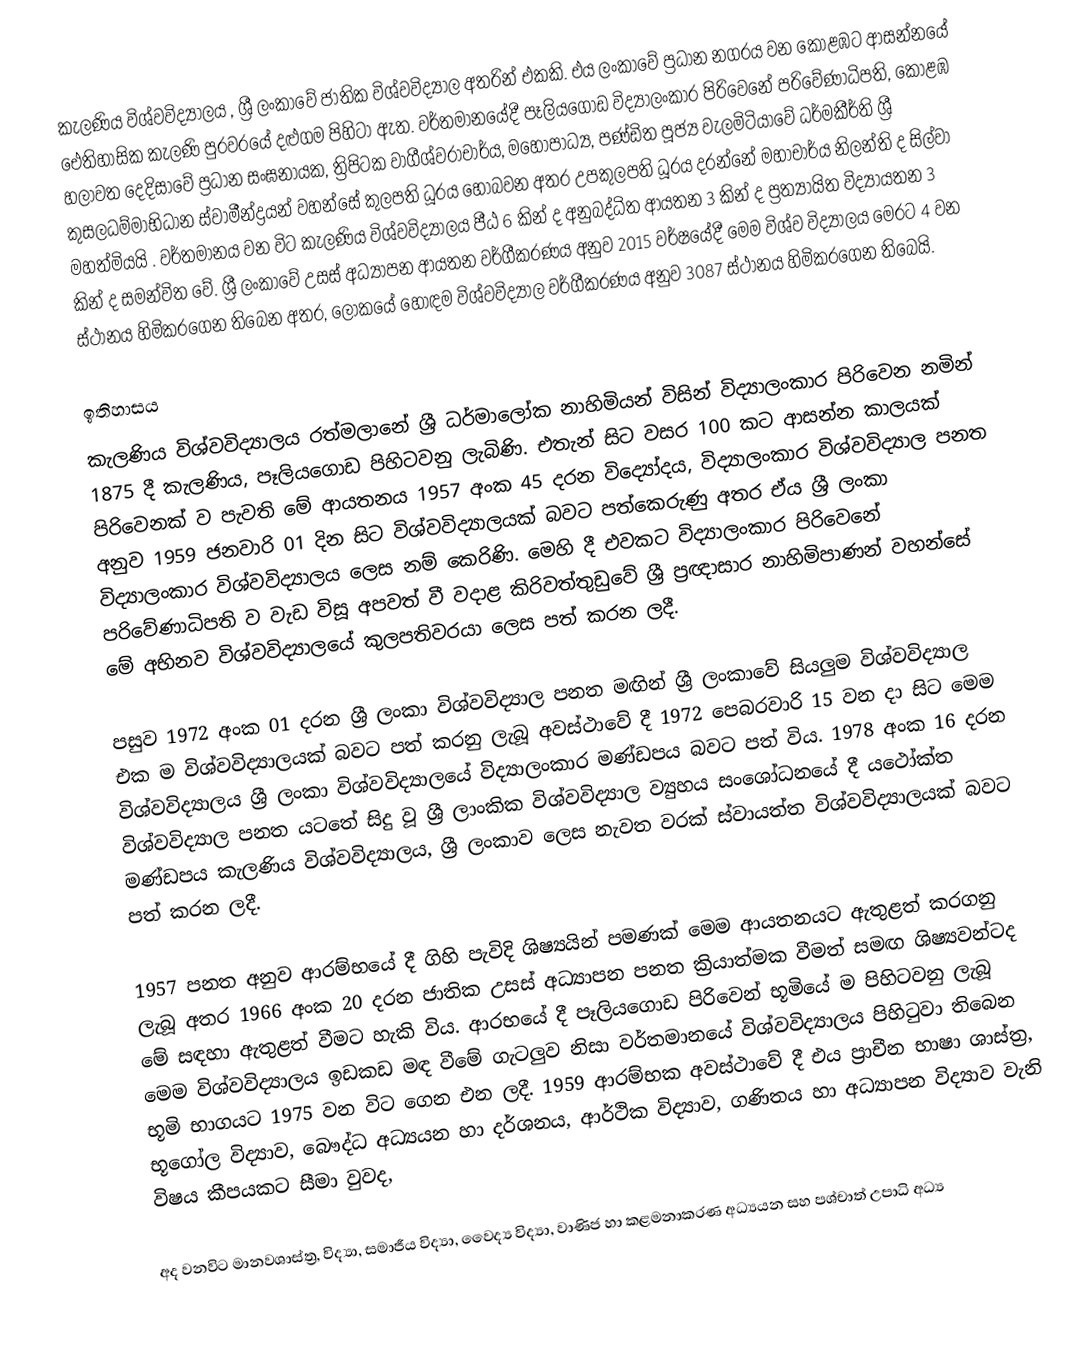
කැලණිය විශ්වවිද්‍යාලය , ශ්‍රී ලංකාවේ ජාතික විශ්වවිද්‍යාල අතරින් එකකි. එය ලංකාවේ ප්‍රධාන නගරය වන කොළඹට ආසන්නයේ ඓතිහාසික කැලණි පුරවරයේ දළුගම පිහිටා ඇත. වර්තමානයේදී පෑලියගොඩ විද්‍යාලංකාර පිරිවෙනේ පරිවේණාධිපති, කොළඹ හලාවත දෙදිසාවේ ප්‍රධාන සංඝනායක, ත්‍රිපිටක වාගීශ්වරාචාර්ය, මහෝපාධ්‍ය, පණ්ඩිත පූජ්‍ය වැලමිටියාවේ ධර්මකීර්ති ශ්‍රී කුසලධම්මාභිධාන ස්වාමීන්ද්‍රයන් වහන්සේ කුලපති ධූරය හොබවන අතර උපකුලපති ධූරය දරන්නේ මහාචාර්ය නිලන්ති ද සිල්වා මහත්මියයි . වර්තමානය වන විට කැලණිය විශ්වවිද්‍යාලය පීඨ 6 කින් ද අනුබද්ධිත ආයතන 3 කින් ද ප්‍රත්‍යායිත විද්‍යායතන 3 කින් ද සමන්විත වේ. ශ්‍රී ලංකාවේ උසස් අධ්‍යාපන ආයතන වර්ගීකරණය අනුව 2015 වර්ෂයේදී මෙම විශ්ව විද්‍යාලය මෙරට 4 වන ස්ථානය හිමිකරගෙන තිබෙන අතර, ලෝකයේ හොඳම විශ්වවිද්‍යාල වර්ගීකරණය අනුව 3087 ස්‌ථානය හිමිකරගෙන තිබෙයි.

ඉතිහාසය
කැලණිය විශ්වවිද්‍යාලය රත්මලානේ ශ්‍රී ධර්මාලෝක නාහිමියන් විසින් විද්‍යාලංකාර පිරිවෙන නමින් 1875 දී කැලණිය, පෑලියගොඩ පිහිටවනු ලැබිණි. එතැන් සිට වසර 100 කට ආසන්න කාලයක් පිරිවෙනක් ව පැවති මේ ආයතනය 1957 අංක 45 දරන විද්‍යෝදය, විද්‍යාලංකාර විශ්වවිද්‍යාල පනත අනුව 1959 ජනවාරි 01 දින සිට විශ්වවිද්‍යාලයක් බවට පත්කෙරුණු අතර ඒය ශ්‍රී ලංකා විද්‍යාලංකාර විශ්වවිද්‍යාලය ලෙස නම් කෙරිණි. මෙහි දී එවකට විද්‍යාලංකාර පිරිවෙනේ පරිවේණාධිපති ව වැඩ විසූ අපවත් වී වදාළ කිරිවත්තුඩුවේ ශ්‍රී ප්‍රඥාසාර නාහිමිපාණන් වහන්සේ මේ අභිනව විශ්වවිද්‍යාලයේ කුලපතිවරයා ලෙස පත් කරන ලදී.

පසුව 1972 අංක 01 දරන ශ්‍රී ලංකා විශ්වවිද්‍යාල පනත මඟින් ශ්‍රී ලංකාවේ සියලුම විශ්වවිද්‍යාල එක ම විශ්වවිද්‍යාලයක් බවට පත් කරනු ලැබූ අවස්ථාවේ දී 1972 පෙබරවාරි 15 වන දා සිට මෙම විශ්වවිද්‍යාලය ශ්‍රී ලංකා විශ්වවිද්‍යාලයේ විද්‍යාලංකාර මණ්ඩපය බවට පත් විය. 1978 අංක 16 දරන විශ්වවිද්‍යාල පනත යටතේ සිදු වූ ශ්‍රී ලාංකික විශ්වවිද්‍යාල ව්‍යුහය සංශෝධනයේ දී යථෝක්ත මණ්ඩපය කැලණිය විශ්වවිද්‍යාලය, ශ්‍රී ලංකාව ලෙස නැවත වරක් ස්වායත්ත විශ්වවිද්‍යාලයක් බවට පත් කරන ලදී.

1957 පනත අනුව ආරම්භයේ දී ගිහි පැවිදි ශිෂ්‍යයින් පමණක් මෙම ආයතනයට ඇතුළත් කරගනු ලැබූ අතර 1966 අංක 20 දරන ජාතික උසස් අධ්‍යාපන පනත ක්‍රියාත්මක වීමත් සමඟ ශිෂ්‍යවන්ටද මේ සඳහා ඇතුළත් වීමට හැකි විය. ආරභයේ දී පෑලියගොඩ පිරිවෙන් භූමියේ ම පිහිටවනු ලැබූ මෙම විශ්වවිද්‍යාලය ඉඩකඩ මඳ වීමේ ගැටලුව නිසා වර්තමානයේ විශ්වවිද්‍යාලය පිහිටුවා තිබෙන භූමි භාගයට 1975 වන විට ගෙන එන ලදී. 1959 ආරම්භක අවස්ථාවේ දී එය ප්‍රාචීන භාෂා ශාස්ත්‍ර, භූගෝල විද්‍යාව, බෞද්ධ අධ්‍යයන හා දර්ශනය, ආර්ථික විද්‍යාව, ගණිතය හා අධ්‍යාපන විද්‍යාව වැනි විෂය කීපයකට සීමා වුවද,

අද වනවිට මානවශාස්ත්‍ර, විද්‍යා, සමාජීය විද්‍යා, වෛද්‍ය විද්‍යා, වාණිජ හා කළමනාකරණ අධ්‍යයන සහ පශ්චාත් උපාධි අධ්‍ය